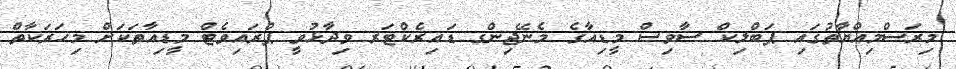
މިރަސްމިއްޔާތުގައި ޕަބްލިކް ސާވިސް މީޑިއާގެ މެނޭޖިންގ ޑައިރެކްޓަރ ވިދާޅުވީ ޕްރައިވެޓް މީޑިއާތަކަށް މިހަރަކާތް